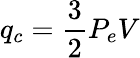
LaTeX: q_{c}=\frac{3}{2}P_{e}V